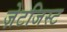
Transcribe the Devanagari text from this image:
ज़ेटजिस्ट